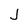
Character: J